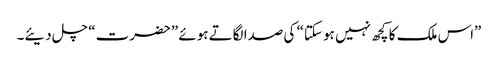
”اس ملک کا کچھ نہیں ہو سکتا“ کی صدا لگاتے ہوئے ”حضرت“ چل دیئے۔